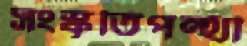
সংস্কৃতিপন্থী